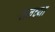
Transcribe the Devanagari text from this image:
सनच्या